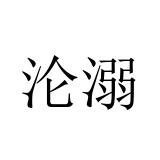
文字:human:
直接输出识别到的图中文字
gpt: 沦溺